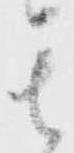
其